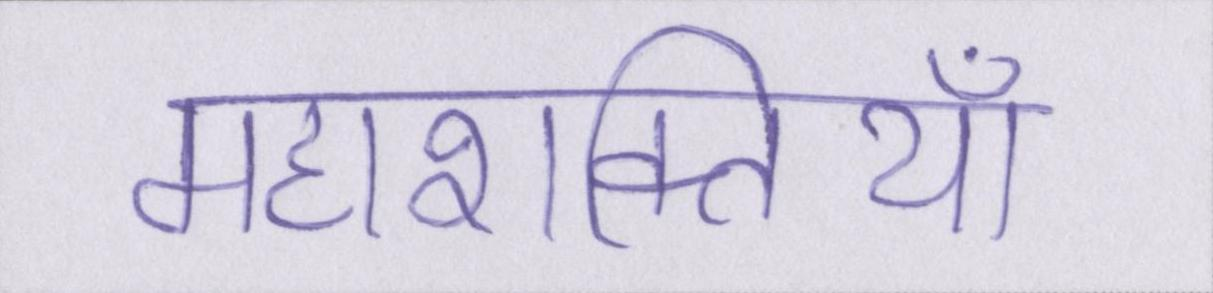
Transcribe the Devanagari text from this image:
महाशक्तियां